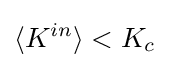
\langle K^{in}\rangle <K_{c}